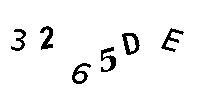
3265DE